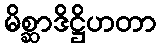
မိစ္ဆာဒိဋ္ဌိဟတာ